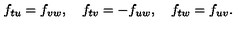
f _ { t u } = f _ { v w } , \quad f _ { t v } = - f _ { u w } , \quad f _ { t w } = f _ { u v } .